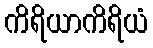
ကိရိယာကိရိယံ